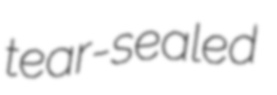
tear-sealed